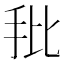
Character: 𰓁